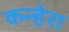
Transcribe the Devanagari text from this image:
कन्हेरा